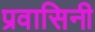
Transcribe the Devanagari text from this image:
प्रवासिनी